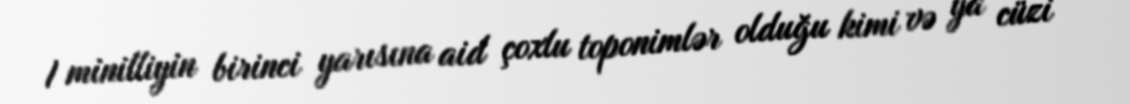
I minilliyin birinci yarısına aid çoxlu toponimlər olduğu kimi və ya cüzi